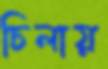
চিলায়